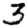
Digit: 3